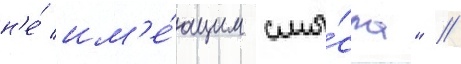
н'е́ им'е́ющим смы́сла" //